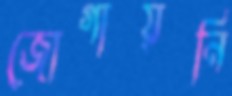
জোগায়নি